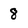
Character: 8